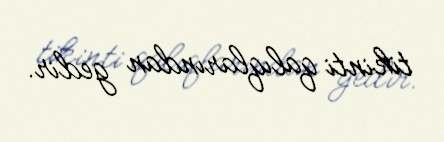
tikinti qalıqlarından gedir.